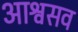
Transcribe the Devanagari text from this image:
आश्वसव